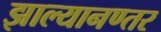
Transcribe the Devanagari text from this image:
झाल्यानण्तर